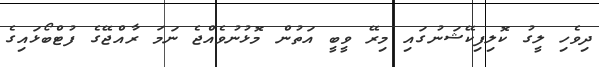
ދިވެހި ލީގު ކޮލިފިކޭޝަނުގައި މިރޭ ވީބީ އަތުން މޮޅުނުވެއްޖެ ނަމަ ރާއްޖޭގެ ފުޓްބޯޅައިގެ